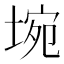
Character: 埦